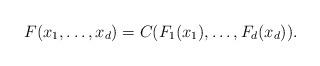
LaTeX: \begin{align*}F(x_1,\ldots,x_d)=C(F_1(x_1),\ldots,F_d(x_d)). \end{align*}